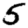
Digit: 5